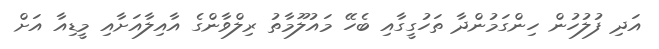
އަދި ފުލުހުން ހިންގަމުންދާ ތަހުގީގާއި ބެހޭ މައުލޫމާތު ރިލްވާންގެ އާއިލާއަށާއި މީޑިއާ އަށް